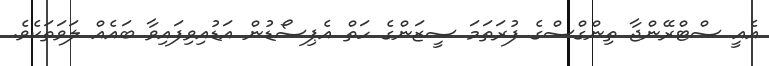
އެއީ ސްޓްރޭންޖާ ތިންގްސްގެ ފުރަތަމަ ސީޒަންގެ ހަތް އެޕިސޯޑުން އަޑުއިވިފައިވާ ބައެއް ލަވަތަކެވެ.